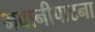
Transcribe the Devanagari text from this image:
भवानीपाटना